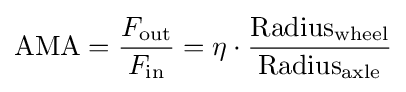
\mathrm {AMA} ={F_{\text{out}} \over F_{\text{in}}}=\eta \cdot {\mathrm {Radius} _{\text{wheel}} \over \mathrm {Radius} _{\text{axle}}}